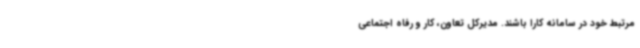
مرتبط خود در سامانه کارا باشند. مدیرکل تعاون، کار و رفاه اجتماعی